Calcutta medical institutions reports 1879-81 [i.e.91]
Year: 1879
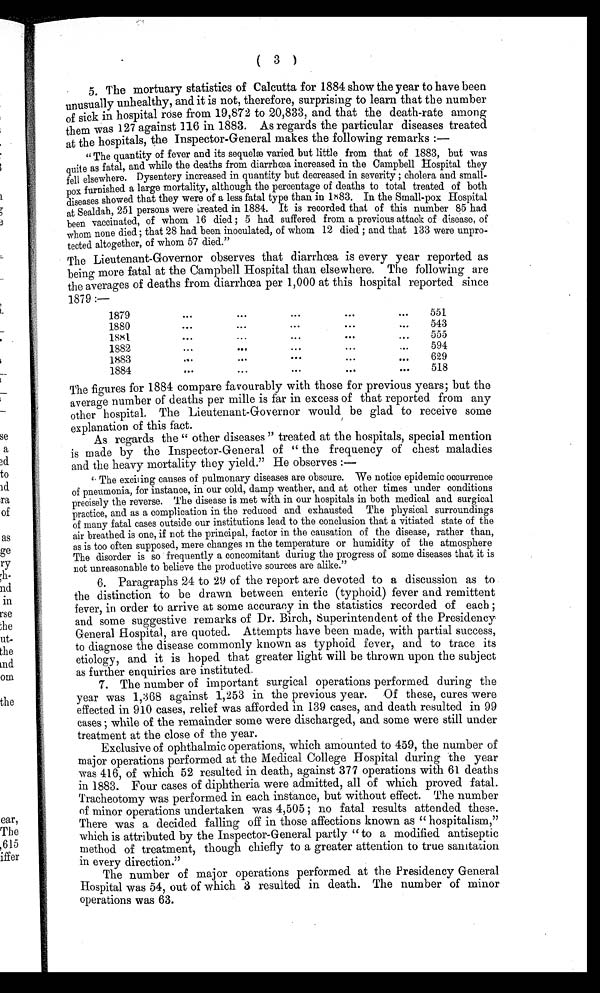
(3)
5. The mortuary statistics of Calcutta for 1884 show the year to have been
unusually unhealthy, and it is not, therefore, surprising to learn that the number
of sick in hospital rose from 19,872 to 20,833, and that the death-rate among
them was 127 against 116 in 1883. As regards the particular diseases treated
at the hospitals, the Inspector-General makes the following remarks :
—
"The quantity of fever and its sequelæ varied but little from that of 1883, but was
quite as fatal, and while the deaths from diarrhœa increased in the Campbell Hospital they
fell elsewhere. Dysentery increased in quantity but decreased in severity; cholera and small-
pox furnished a large mortality, although the percentage of deaths to total treated of both
diseases showed that they were of a less fatal type than in 1883. In the Small-pox Hospital
at Sealdah, 251 persons were treated in 1884. It is recorded that of this number 85 had
been vaccinated, of whom 16 died; 5 had suffered from a previous attack of disease, of
whom none died; that 28 had been inoculated, of whom 12 died; and that 133 were unpro-
tected altogether, of whom 57 died."
The Lieutenant-Governor observes that diarrhœa is every year reported as
being more fatal at the Campbell Hospital than elsewhere. The following are
the averages of deaths from diarrhœa per 1,000 at this hospital reported since
1879:—
1879...
• • •
...
•••
551
1880...
...
. . .
543
1881.. .
555
1882...
...
...
...
...
594
1883...
... ...
...
. . .
629
1884...
• • •
... . . .
518
The figures for 1884 compare favourably with those for previous years; but the
average number of deaths per mille is far in excess of that reported from any
other hospital. The Lieutenant-Governor would be glad to receive some
explanation of this fact.
As regards the "other diseases" treated at the hospitals, special mention
is made by the Inspector-General of "the frequency of chest maladies
and the heavy mortality they yield." He observes:—
"The exciting causes of pulmonary diseases are obscure. We notice epidemic occurrence
of pneumonia, for instance, in our cold, damp weather, and at other times under conditions
precisely the reverse. The disease is met with in our hospitals in both medical and surgical
practice, and as a complication in the reduced and exhausted The physical surroundings
of many fatal cases outside our institutions lead to the conclusion that a vitiated state of the
air breathed is one, if not the principal, factor in the causation of the disease, rather than,
as is too often supposed, mere changes in the temperature or humidity of the atmosphere
The disorder is so frequently a concomitant during the progress of some diseases that it is
not unreasonable to believe the productive sources are alike."
6. Paragraphs 24 to 29 of the report are devoted to a discussion as to
the distinction to be drawn between enteric (typhoid) fever and remittent
fever, in order to arrive at some accuracy in the statistics recorded of each;
and some suggestive remarks of Dr. Birch, Superintendent of the Presidency
General Hospital, are quoted. Attempts have been made, with partial success,
to diagnose the disease commonly known as typhoid fever, and to trace its
etiology, and it is hoped that greater light will be thrown upon the subject
as further enquiries are instituted.
7. The number of important surgical operations performed during the
year was 1,368 against 1,253 in the previous year. Of these, cures were
effected in 910 cases, relief was afforded in 139 cases, and death resulted in 99
cases; while of the remainder some were discharged, and some were still under
treatment at the close of the year.
Exclusive of ophthalmic operations, which amounted to 459, the number of
major operations performed at the Medical College Hospital during the year
was 416, of which 52 resulted in death, against 377 operations with 61 deaths
in 1883. Four cases of diphtheria were admitted, all of which proved fatal.
Tracheotomy was performed in each instance, but without effect. The number
of minor operations undertaken was 4,505; no fatal results attended these.
There was a decided falling off in those affections known as "hospitalism,"
which is attributed by the Inspector-General partly "to a modified antiseptic
method of treatment, though chiefly to a greater attention to true sanitation
in every direction."
The number of major operations performed at the Presidency General
Hospital was 54, out of which 3 resulted in death. The number of minor
operations was 63.